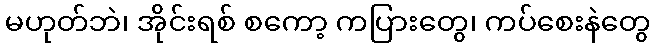
မဟုတ်ဘဲ၊ အိုင်းရစ် စကော့ ကပြားတွေ၊ ကပ်စေးနဲတွေ